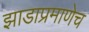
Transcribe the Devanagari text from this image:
झाडाप्रमाणेच